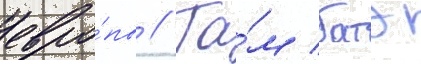
евро́пы // Та́м батэ